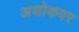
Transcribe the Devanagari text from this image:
अशोकवर